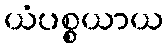
ယံပစ္စယာယ